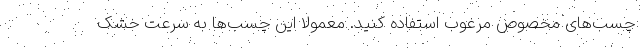
چسب‌های مخصوص مرغوب استفاده کنید. معمولاً این چسب‌ها به سرعت خشک